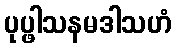
ပုပ္ဖါသနမဒါသဟံ